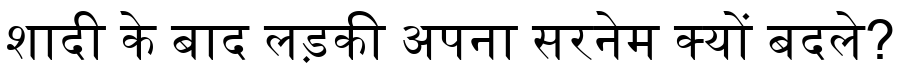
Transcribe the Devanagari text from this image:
शादी के बाद लड़की अपना सरनेम क्यों बदले?